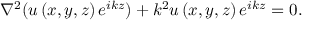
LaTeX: \nabla ^ { 2 } ( u \left( x , y , z \right) e ^ { i k z } ) + k ^ { 2 } u \left( x , y , z \right) e ^ { i k z } = 0 .